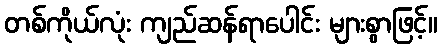
တစ်ကိုယ်လုံး ကျည်ဆန်ရာပေါင်း များစွာဖြင့်။